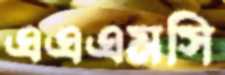
এএএমসি